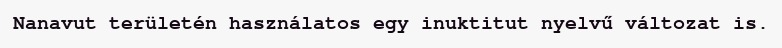
Nanavut területén használatos egy inuktitut nyelvű változat is.